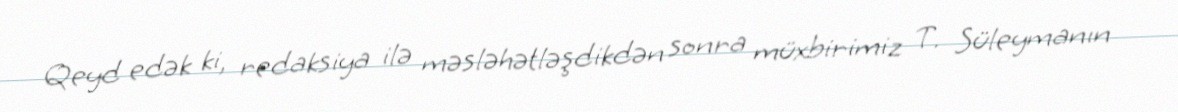
Qeyd edək ki, redaksiya ilə məsləhətləşdikdən sonra müxbirimiz T. Süleymanın